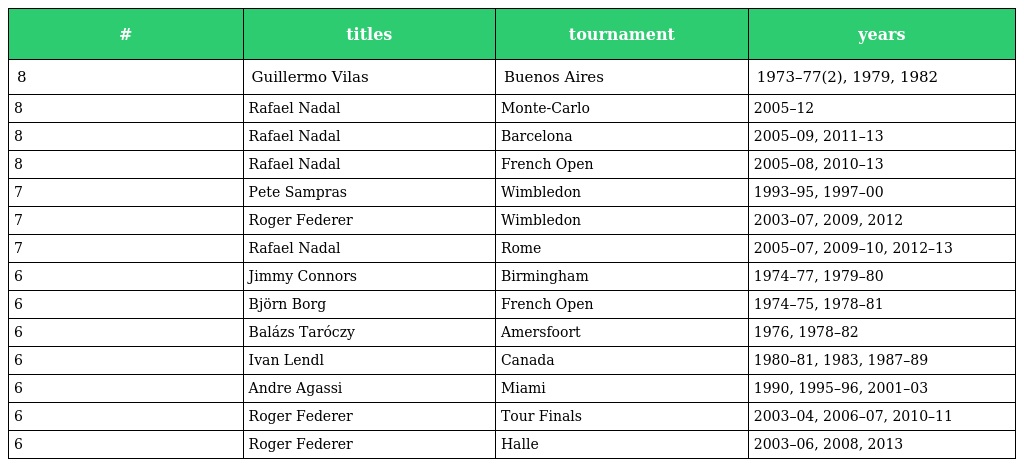
| # | titles | tournament | years |
 | --- | --- | --- | --- |
 | 8 | Guillermo Vilas | Buenos Aires | 1973–77(2), 1979, 1982 |
 | 8 | Rafael Nadal | Monte-Carlo | 2005–12 |
 | 8 | Rafael Nadal | Barcelona | 2005–09, 2011–13 |
 | 8 | Rafael Nadal | French Open | 2005–08, 2010–13 |
 | 7 | Pete Sampras | Wimbledon | 1993–95, 1997–00 |
 | 7 | Roger Federer | Wimbledon | 2003–07, 2009, 2012 |
 | 7 | Rafael Nadal | Rome | 2005–07, 2009–10, 2012–13 |
 | 6 | Jimmy Connors | Birmingham | 1974–77, 1979–80 |
 | 6 | Björn Borg | French Open | 1974–75, 1978–81 |
 | 6 | Balázs Taróczy | Amersfoort | 1976, 1978–82 |
 | 6 | Ivan Lendl | Canada | 1980–81, 1983, 1987–89 |
 | 6 | Andre Agassi | Miami | 1990, 1995–96, 2001–03 |
 | 6 | Roger Federer | Tour Finals | 2003–04, 2006–07, 2010–11 |
 | 6 | Roger Federer | Halle | 2003–06, 2008, 2013 |